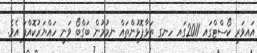
އައިވަރީ ކޯސްޓްގައި 2011ގައި ހިނގި ތަޅާފޮޅުންތައް ނިމުމުން ބަގްބޯ ވަނީ ހައްޔަރުކޮއްފަ އެވެ.